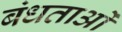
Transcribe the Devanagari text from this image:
बंधताओं